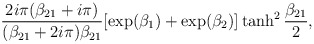
\begin{align*}{2i\pi (\beta_{21}+i\pi )\over (\beta_{21}+2i\pi )\beta_{21} }[\exp (\beta_1)+\exp (\beta_2)]\tanh^2{\beta_{21}\over 2},\end{align*}